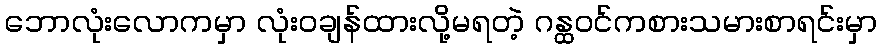
ဘောလုံးလောကမှာ လုံးဝချန်ထားလို့မရတဲ့ ဂန္ထဝင်ကစားသမားစာရင်းမှာ